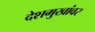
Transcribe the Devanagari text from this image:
देशमुखांवर